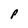
Character: P